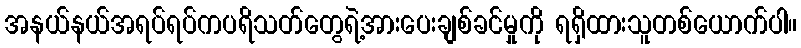
အနယ်နယ်အရပ်ရပ်ကပရိသတ်တွေရဲ့အားပေးချစ်ခင်မှုကို ရရှိထားသူတစ်ယောက်ပါ။